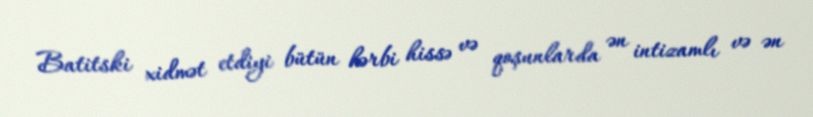
Batitski xidmət etdiyi bütün hərbi hissə və qoşunlarda ən intizamlı və ən